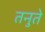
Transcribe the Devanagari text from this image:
तनुते